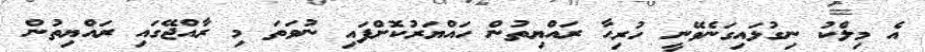
އެ މިލްކު ނިގުޅައިގަނެވޭނީ ހުރިހާ ރައްޔިތުން ހައްޔަރުކޮށްފައި ނުވަތަ މި ރާއްޖޭގައި ރައްޔިތުން